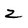
Character: z